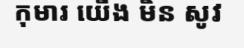
កុមារ យើង មិន សូវ